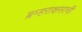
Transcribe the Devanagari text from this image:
ब्रम्हराक्षसाची